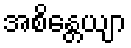
အစိန္တေယျာ